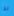
لذا